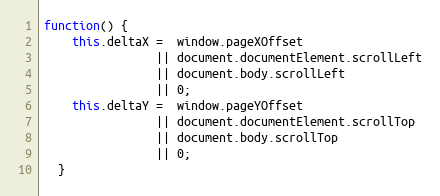
Language: JavaScript
function() {
    this.deltaX =  window.pageXOffset
                || document.documentElement.scrollLeft
                || document.body.scrollLeft
                || 0;
    this.deltaY =  window.pageYOffset
                || document.documentElement.scrollTop
                || document.body.scrollTop
                || 0;
  }